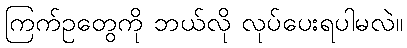
ကြက်ဥတွေကို ဘယ်လို လုပ်ပေးရပါမလဲ။